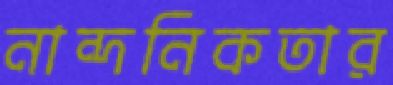
নান্দনিকতার